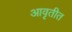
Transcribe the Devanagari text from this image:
आवृतीत